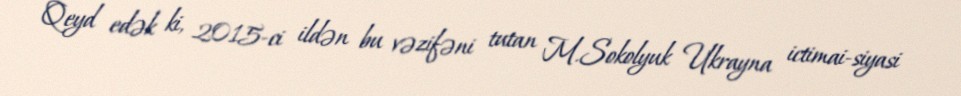
Qeyd edək ki, 2015-ci ildən bu vəzifəni tutan M.Sokolyuk Ukrayna ictimai-siyasi